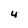
Character: 4